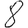
Digit: 8